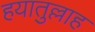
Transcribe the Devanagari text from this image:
हयातुल्लाह